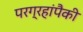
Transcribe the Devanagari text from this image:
परग्रहांपैकी